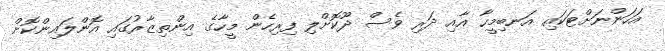
އަހަންނަށްޓަކައި އަނބިމީހާ އާއި ދަރި ވެސް ދޫކޮށްލި ފިރިހެން މީހާގެ އިންތިޒާރުގައި އޮންލައިންކޮށް